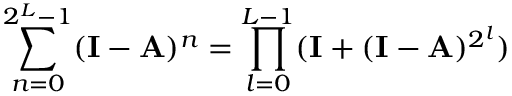
\sum _ { n = 0 } ^ { 2 ^ { L } - 1 } ( \mathbf { I } - \mathbf { A } ) ^ { n } = \prod _ { l = 0 } ^ { L - 1 } ( \mathbf { I } + ( \mathbf { I } - \mathbf { A } ) ^ { 2 ^ { l } } )